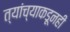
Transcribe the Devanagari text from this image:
त्यांच्याकडूनही